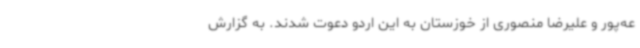
عه‌پور و علیرضا منصوری از خوزستان به این اردو دعوت شدند. به گزارش